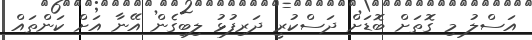
އަސްލު މި ގޮތަށް ބޮޑަށް ދަސްކުރީ ދަރިފުޅު ލިބިގެން އޭނާ އަށް ކަންތައް